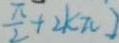
\frac { \pi } { 2 } + 2 k \pi )